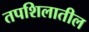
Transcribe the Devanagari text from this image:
तपशिलातील